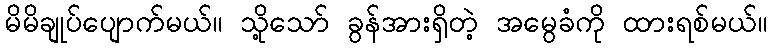
မိမိချုပ်ပျောက်မယ်။ သို့သော် ခွန်အားရှိတဲ့ အမွေခံကို ထားရစ်မယ်။